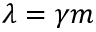
\lambda = \gamma m